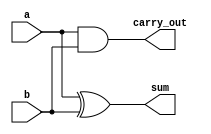
`timescale 1ns / 1ps

module half_adder(
        input a,
        input b,
        output sum,
        output carry_out
    );
    
    xor (sum, a, b);
    and (carry_out, a, b);
    
endmodule